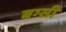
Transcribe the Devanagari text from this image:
बग्सी